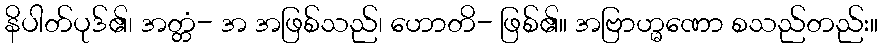
နိပါတ်ပုဒ်၏၊ အတ္တံ- အ အဖြစ်သည်၊ ဟောတိ- ဖြစ်၏။ အဗြာဟ္မဏော စသည်တည်း။